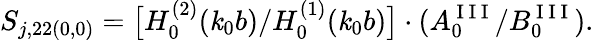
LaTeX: S_{j,22(0,0)}=\big[H_{0}^{(2)}(\mathit{k}_{0}b)/H_{0}^{(1)}(\mathit{k}_{0}b)\big]\cdot(A_{0}^{\mathrm{{~I~I~I~}}}/B_{0}^{\mathrm{{~I~I~I~}}}).